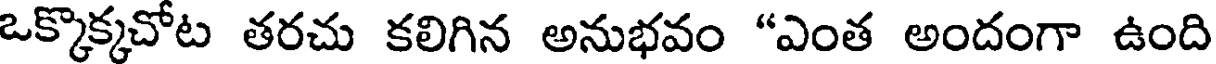
ఒక్కొక్కచోట తరచు కలిగిన అనుభవం "ఎంత అందంగా ఉంది